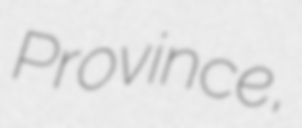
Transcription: Province,